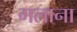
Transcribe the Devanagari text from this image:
गलाना